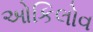
ઓકિલોવ